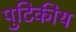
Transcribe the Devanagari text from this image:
पुटिकीय